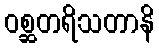
ဝစ္ဆတရိသတာနိ